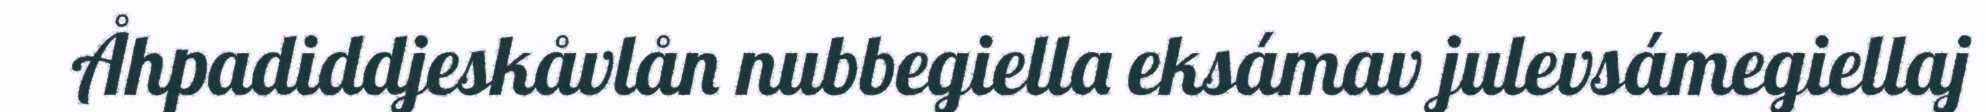
Åhpadiddjeskåvlån nubbegiella eksámav julevsámegiellaj